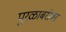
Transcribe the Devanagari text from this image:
पुरळाबरोबर